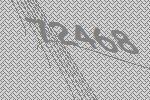
72468